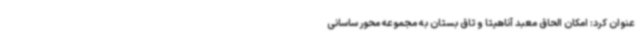
عنوان کرد: امکان الحاق معبد آناهیتا و تاق بستان به مجموعه محور ساسانی